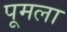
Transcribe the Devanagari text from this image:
पूमला